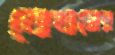
বোখামের